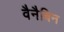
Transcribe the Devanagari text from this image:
वैनैबिन